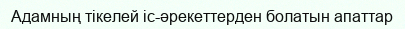
Адамның тікелей іс-әрекеттерден болатын апаттар